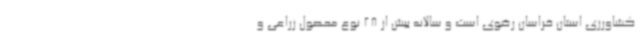
کشاورزی استان خراسان رضوی است و سالانه بیش از 28 نوع محصول زراعی و